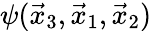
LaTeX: \psi(\vec{x}_{3},\vec{x}_{1},\vec{x}_{2})